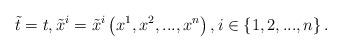
LaTeX: \begin{align*}\tilde{t}=t,\tilde{x}^{i}=\tilde{x}^{i}\left( x^{1},x^{2},...,x^{n}\right),i\in \left\{1 ,2,...,n\right\} . \end{align*}